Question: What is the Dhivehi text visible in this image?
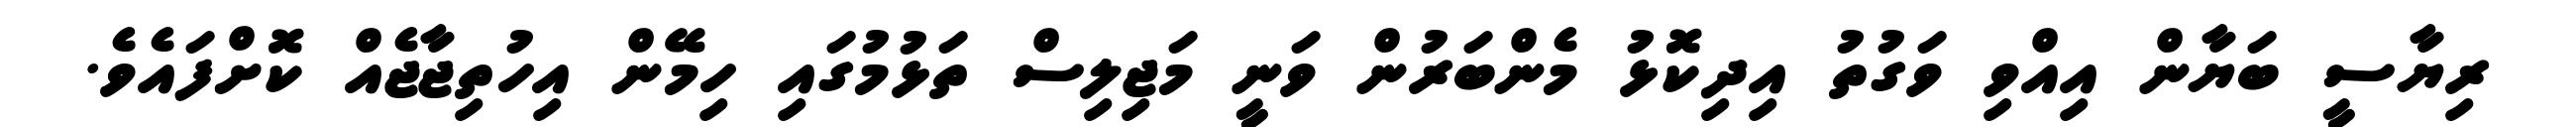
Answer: ރިޔާސީ ބަޔާން އިއްވި ވަގުތު އިދިކޮޅު މެންބަރުން ވަނީ މަޖިލިސް ތަޅުމުގައި ހިމޭން އިހުތިޖާޖެއް ކޮށްފައެވެ.